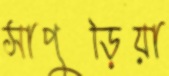
সাপুড়িয়া